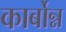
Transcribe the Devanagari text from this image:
कार्बोन्न